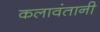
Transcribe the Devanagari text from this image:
कलावंतानी